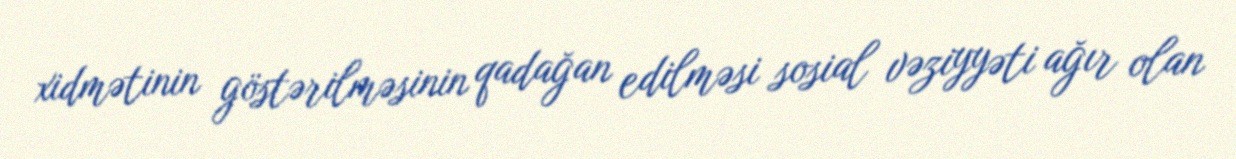
xidmətinin göstərilməsinin qadağan edilməsi sosial vəziyyəti ağır olan